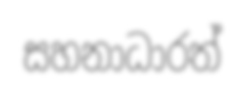
සහනාධාරත්